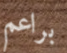
براعم